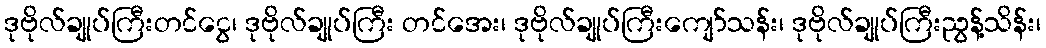
ဒုဗိုလ်ချုပ်ကြီးတင်ငွေ၊ ဒုဗိုလ်ချုပ်ကြီး တင်အေး၊ ဒုဗိုလ်ချုပ်ကြီးကျော်သန်း၊ ဒုဗိုလ်ချုပ်ကြီးညွန့်သိန်း၊